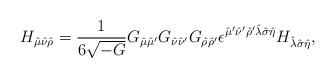
LaTeX: \begin{align*}H_{\hat\mu \hat\nu \hat\rho} = {1\over 6\sqrt{-G}} G_{\hat\mu \hat\mu'}G_{\hat\nu \hat\nu'} G_{\hat\rho \hat\rho'} \epsilon^{\hat\mu' \hat\nu'\hat\rho' \hat\lambda \hat\sigma \hat\eta} H_{\hat\lambda \hat\sigma \hat\eta},\end{align*}